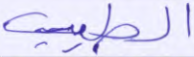
الطيب